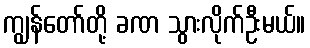
ကျွန်တော်တို့ ခဏ သွားလိုက်ဦးမယ်။